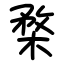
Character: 楘